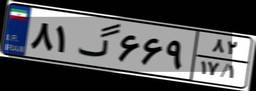
۸۱گ۶۶۹۸۲